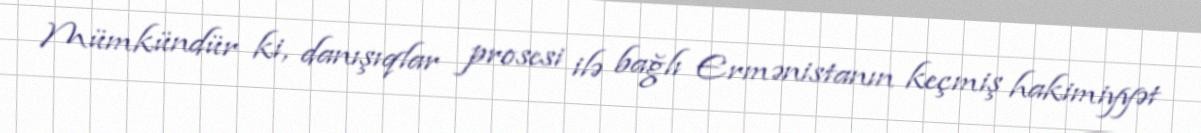
Mümkündür ki, danışıqlar prosesi ilə bağlı Ermənistanın keçmiş hakimiyyət